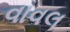
વાવલ